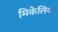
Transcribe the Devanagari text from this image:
मिकेलिया